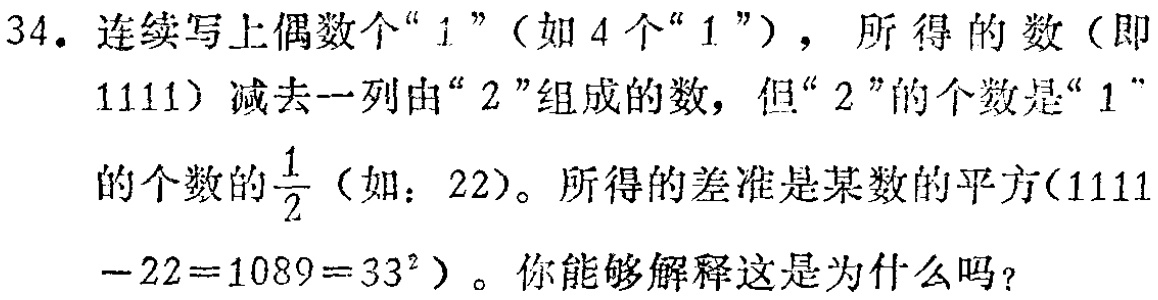
34. 连续写上偶数个“1”（如4个“1”），所得的数（即1111）减去一列由“2”组成的数，但“2”的个数是“1”的个数的$\frac{1}{2}$（如：22）。所得的差准是某数的平方（1111 - 22 = 1089 = 33²）。你能够解释这是为什么吗？